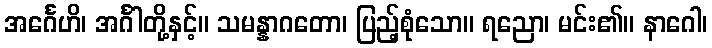
အင်္ဂေဟိ၊ အင်္ဂါတို့နှင့်။ သမန္နာဂတော၊ ပြည့်စုံသော။ ရညော၊ မင်း၏။ နာဂေါ၊